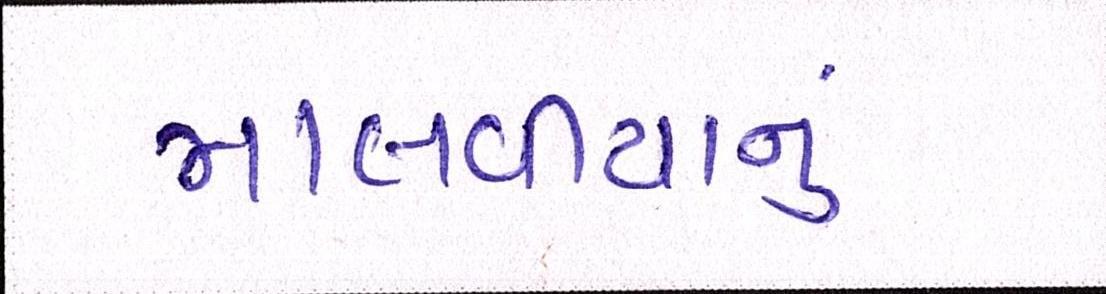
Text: માલવીયાનું